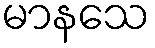
မာနသေ